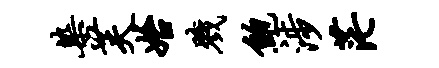
染芙始戮鲍涉茫